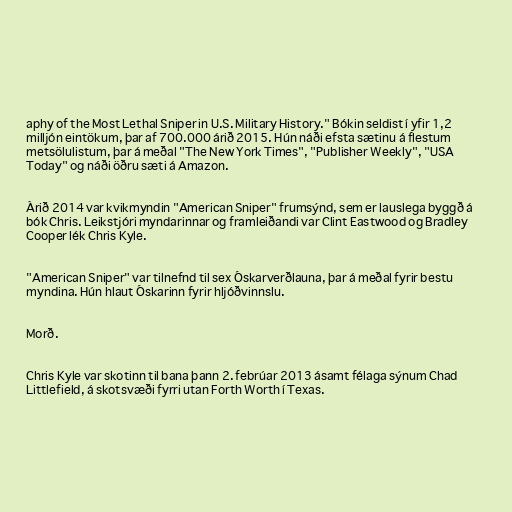
aphy of the Most Lethal Sniper in U.S. Military History." Bókin seldist í yfir 1,2
milljón eintökum, þar af 700.000 árið 2015. Hún náði efsta sætinu á flestum
metsölulistum, þar á meðal "The New York Times", "Publisher Weekly", "USA
Today" og náði öðru sæti á Amazon.

Árið 2014 var kvikmyndin "American Sniper" frumsýnd, sem er lauslega byggð á
bók Chris. Leikstjóri myndarinnar og framleiðandi var Clint Eastwood og Bradley
Cooper lék Chris Kyle.

"American Sniper" var tilnefnd til sex Óskarverðlauna, þar á meðal fyrir bestu
myndina. Hún hlaut Óskarinn fyrir hljóðvinnslu.

Morð.

Chris Kyle var skotinn til bana þann 2. febrúar 2013 ásamt félaga sýnum Chad
Littlefield, á skotsvæði fyrri utan Forth Worth í Texas.